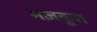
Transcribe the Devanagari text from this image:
मज़कूरा